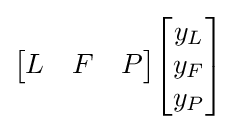
{\begin{bmatrix}L&F&P\end{bmatrix}}{\begin{bmatrix}y_{L}\\y_{F}\\y_{P}\end{bmatrix}}